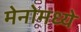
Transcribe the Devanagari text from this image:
मेनोमध्ये